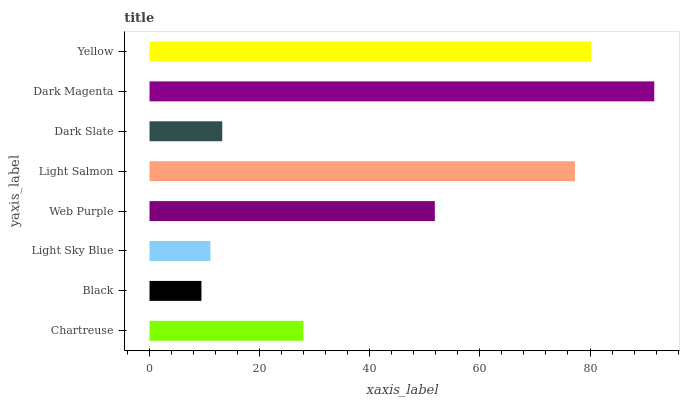
| yaxis_label | bars |
 | --- | --- |
 | Chartreuse | 27.9 |
 | Black | 9.43 |
 | Light Sky Blue | 11.1 |
 | Web Purple | 51.8 |
 | Light Salmon | 77.3 |
 | Dark Slate | 13.2 |
 | Dark Magenta | 91.7 |
 | Yellow | 80.2 |